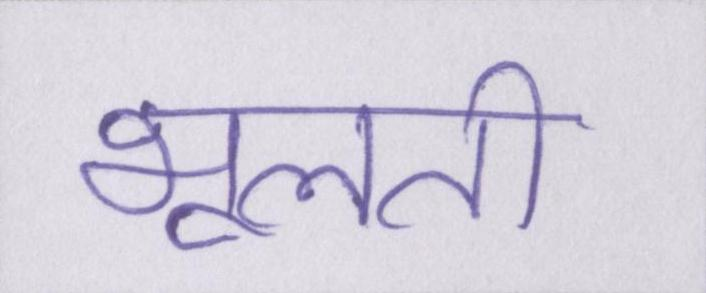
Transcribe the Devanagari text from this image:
भूलती